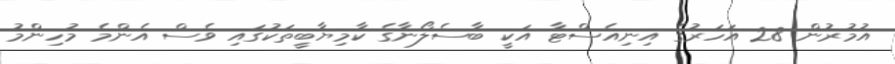
އުމުރުން 28 އަހަރުގެ އިނިއެސްޓާ އަކީ ބާސެލޯނާގެ ކާމިޔާބީތަކުގައި ވެސް އެންމެ މުހިންމު